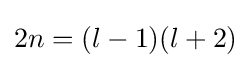
2n=(l-1)(l+2)